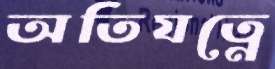
অতিযত্নে